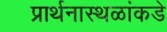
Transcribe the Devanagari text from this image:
प्रार्थनास्थळांकडे